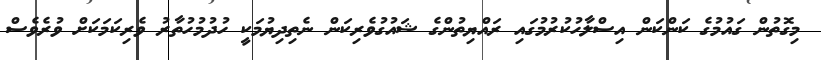
މިގޮތުން ގައުމުގެ ކަންކަން އިސްލާހުކުރުމުގައި ރައްޔިތުންގެ ޝައުގުވެރިކަން ނެތިދިޔުމަކީ ހުދުމުހުތާރު ވެރިކަމަކަށް ވުރެވެސް